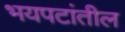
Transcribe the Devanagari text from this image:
भयपटांतील